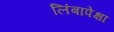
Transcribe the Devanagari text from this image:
लिंबापेक्षा